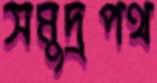
সমুদ্রপথ